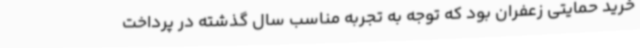
خرید حمایتی زعفران بود که توجه به تجربه مناسب سال گذشته در پرداخت